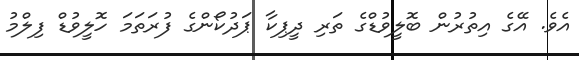
އެވެ. އޭގެ އިތުރުން ބޮލީވުޑްގެ ތަރި ދީޕިކާ ޕަދުކޯންގެ ފުރަތަމަ ހޮލީވުޑް ފިލްމު